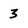
Character: 3